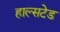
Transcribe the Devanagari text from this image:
हाल्सटेड